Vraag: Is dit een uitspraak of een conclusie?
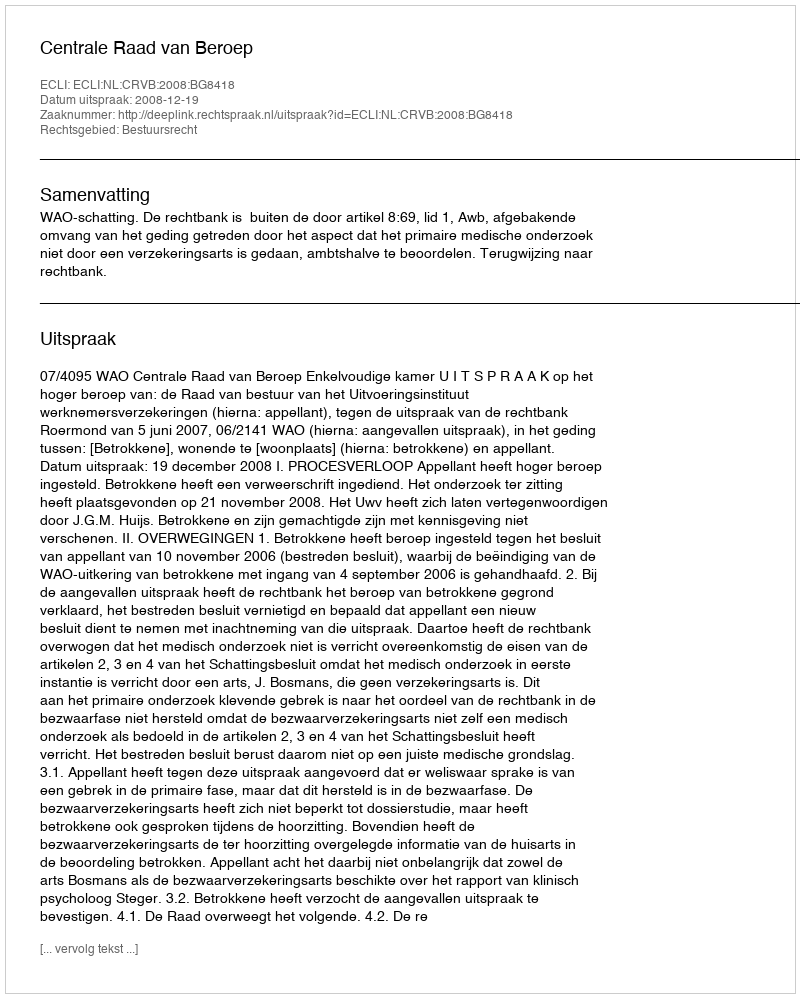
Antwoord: Uitspraak